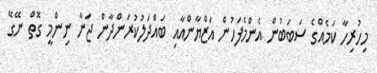
މިހުރިހާ ކަމެއްގެ ސަބަބުން އެންމެފަހުން އަޒްޔާންއާއި ބައްދަލުކުރަންދާން ޖަނާ ނިންމީ ގޮތް ނޭގޭ